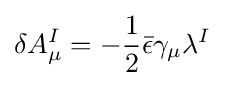
\delta A_{\mu }^{I}=-{\frac {1}{2}}{\bar {\epsilon }}\gamma _{\mu }\lambda ^{I}